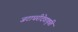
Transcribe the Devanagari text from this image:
जटाधरीदेवाकृति